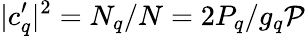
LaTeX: |c_{q}^{\prime}|^{2}=N_{q}/N=2P_{q}/g_{q}\mathcal{P}